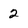
Character: 2